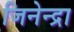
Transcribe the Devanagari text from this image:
जिनेन्द्रा